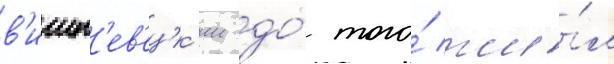
в'ишн'ев'ецк'ии до́ того́ жи́л